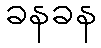
ခနခန